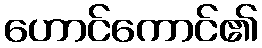
ဟောင်ကောင်၏